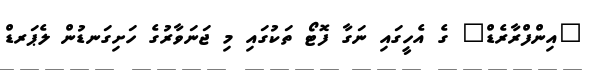
"އިންފްރާރެޑް" ގެ އެހީގައި ނަގާ ފޮޓޯ ތަކުގައި މި ޖަނަވާރުގެ ހަށިގަނޑުން ލެޕަރޑް